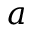
a